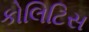
કોલિટિસ